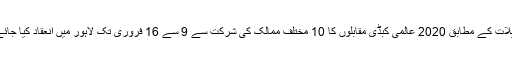
تفصیلات کے مطابق 2020 عالمی کبڈی مقابلوں کا 10 مختلف ممالک کی شرکت سے 9 سے 16 فروری تک لاہور میں انعقاد کیا جائے گا۔